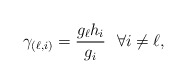
\begin{align*}\gamma_{(\ell,i)}= \frac{g_{\ell}h_i}{g_i}~~\forall i\neq \ell,\end{align*}